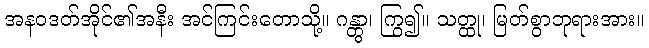
အနဝဒတ်အိုင်၏အနီး အင်ကြင်းတောသို့။ ဂန္တွာ၊ ကြွ၍။ သတ္ထု၊ မြတ်စွာဘုရားအား။